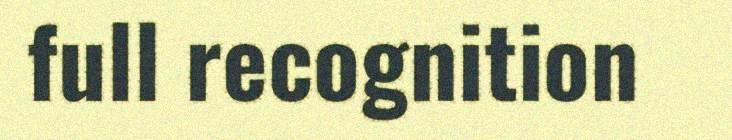
full recognition